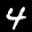
Label: 4